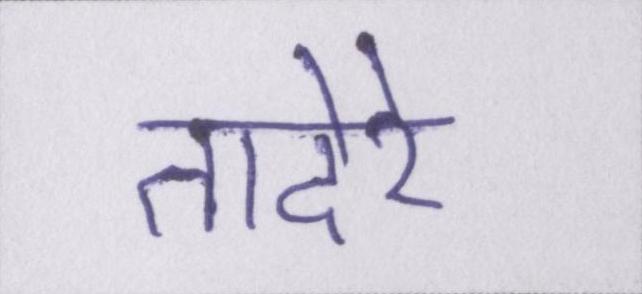
तादेरे